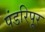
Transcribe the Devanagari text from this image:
पंडरिपूर